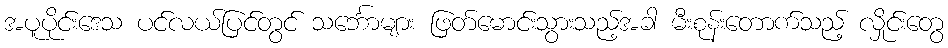
အပူပိုင်းဒေသ ပင်လယ်ပြင်တွင် သင်္ဘောများ ဖြတ်မောင်းသွားသည့်အခါ မီးစုန်းတောက်သည့် လှိုင်းတွေ